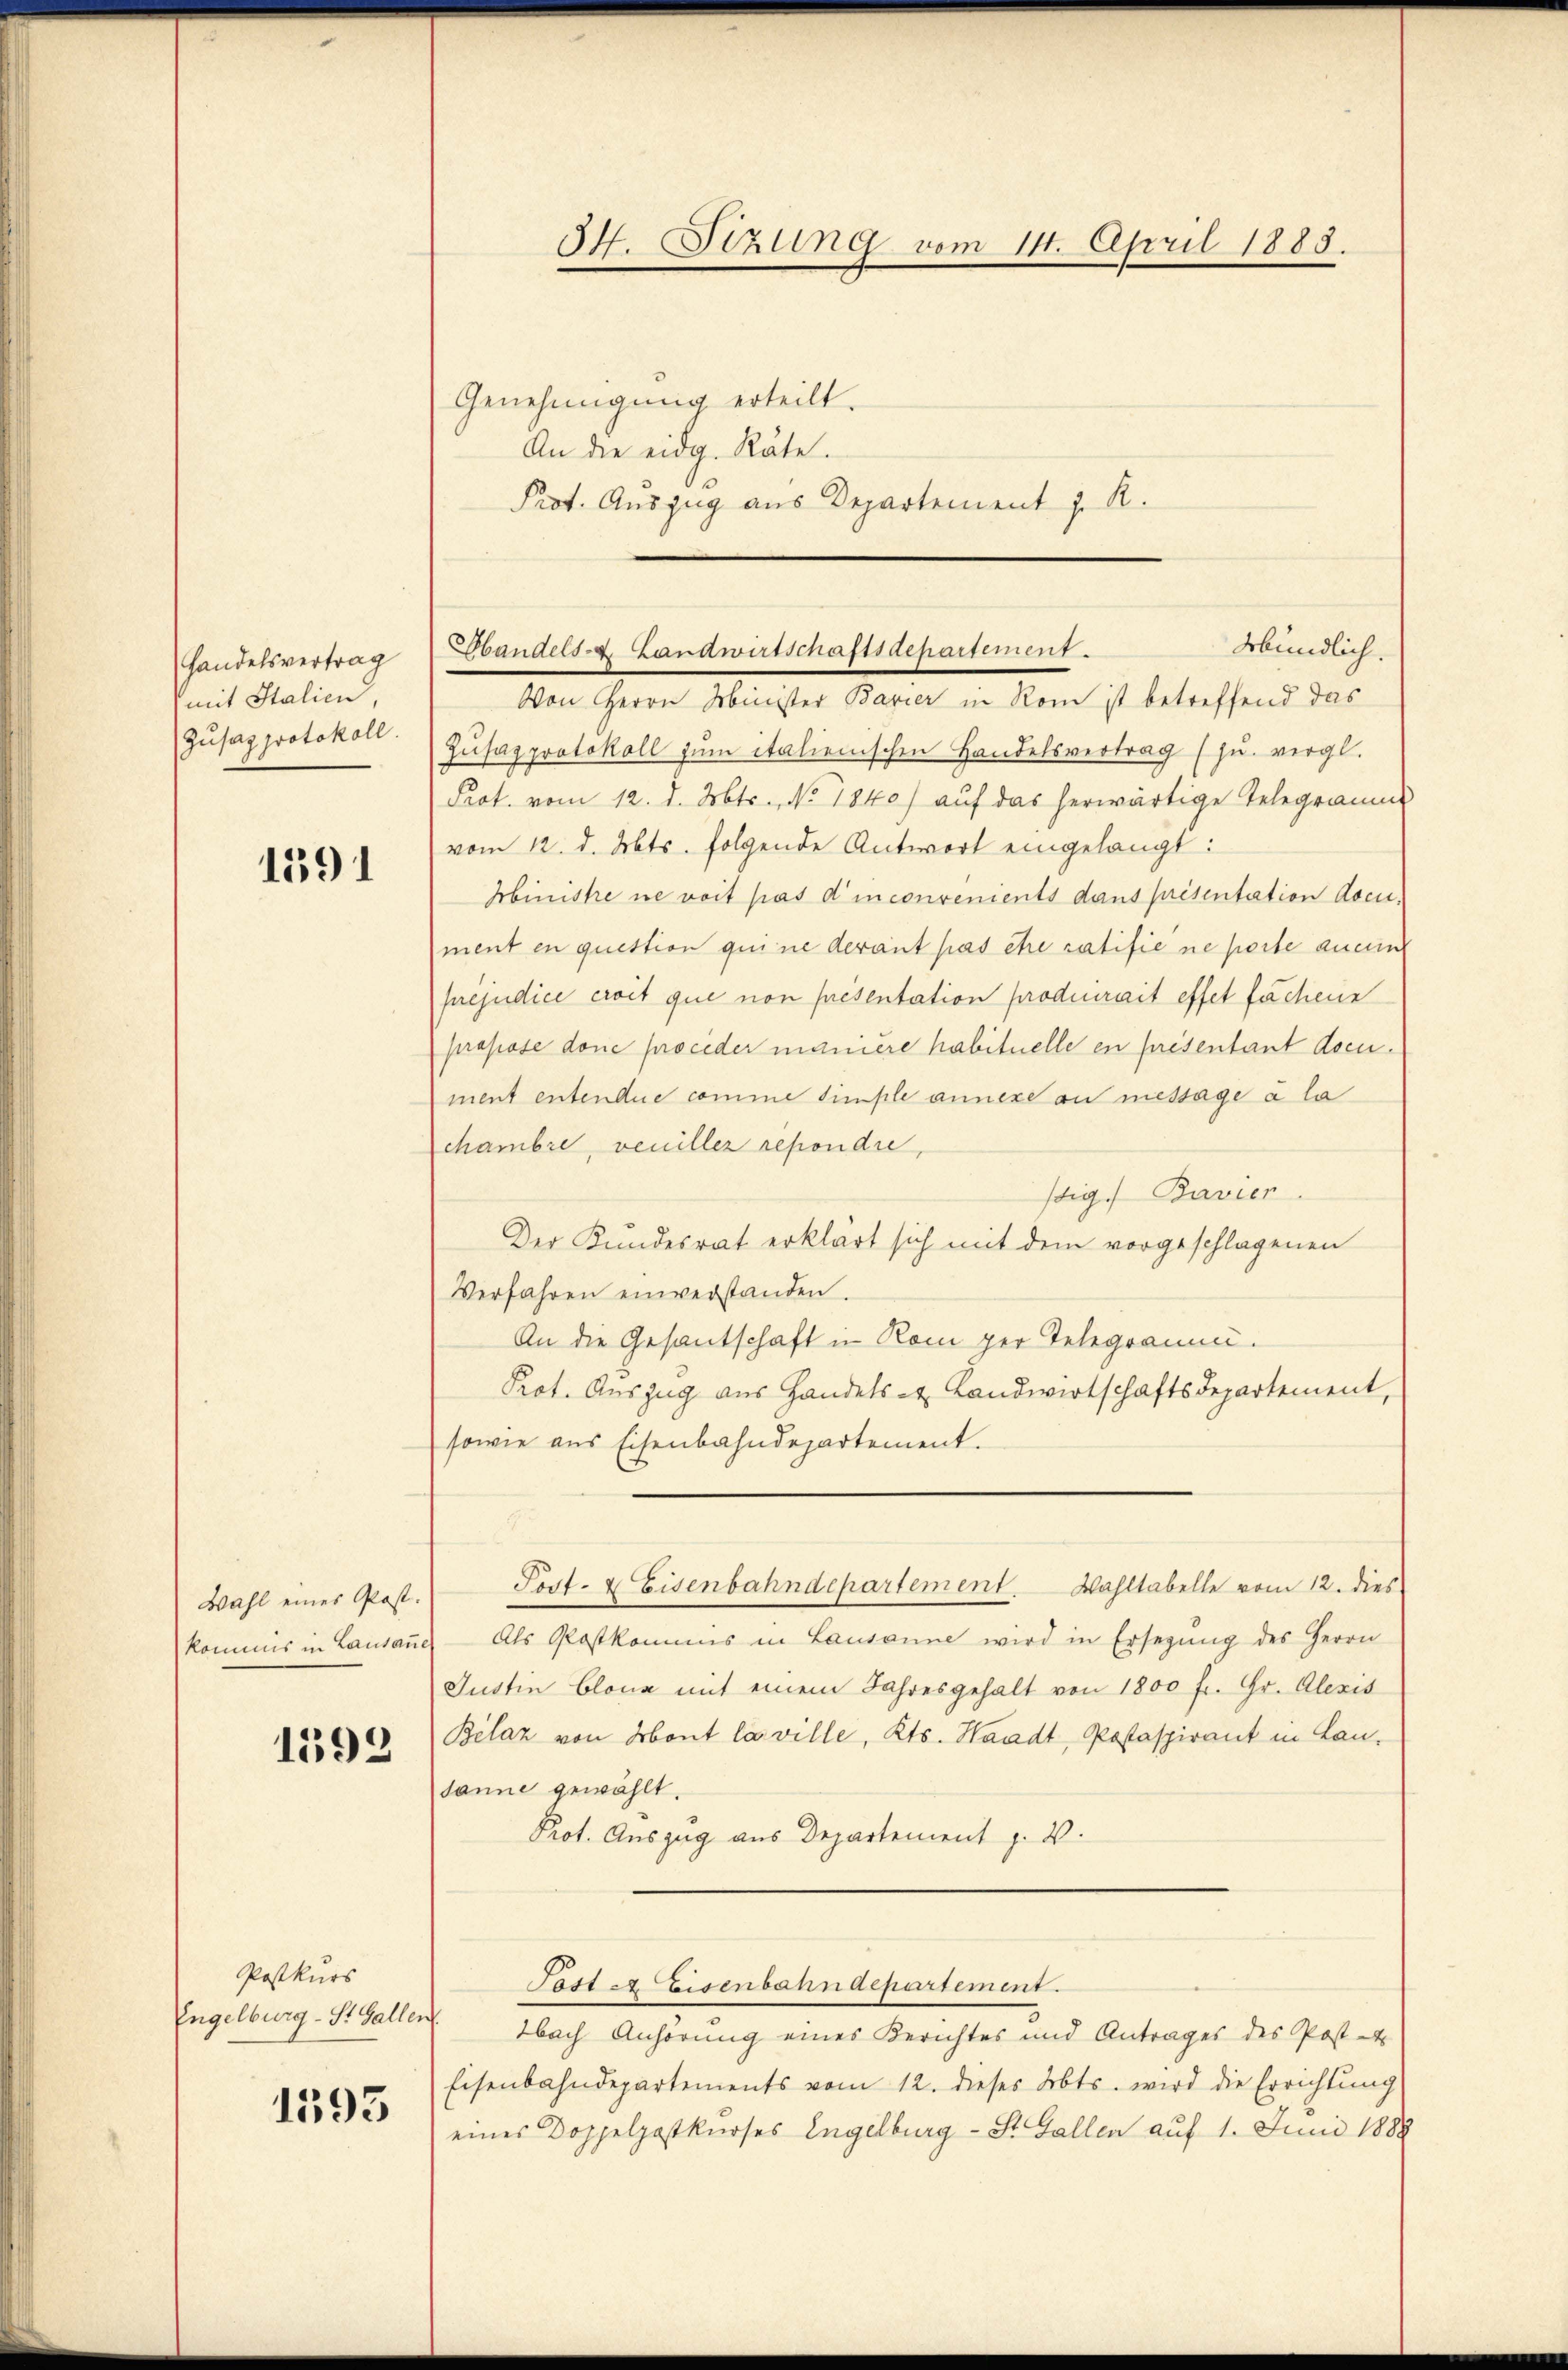
Handelsvertrag
mit Italien,
Zusaz protokoll.

1391

Wahl eines Post.
kommis in Lausannes

1592

Postkurs
Engelburg - St. Gallen
1593

54. Sizung vom 14. April 1883.
Genehmigung erteilt.
An die eidg. Räte.
Prot. Auszug aus Departement z. R.

Zŭsazprotokoll zŭm italienischen Handelsvertrag (zŭ. vergl.
Prot. vom 12. d. Mts., No. 1840) auf das herwärtige Telegramm
vom 12. d. Mts. folgende Antwort eingelangt:
Ministe ne voit pas d’inconvenients dans présentation document en quettion qui ne derant pas être ratifie ne perte aucun
prejudice eroit que non présentation prodiurait effet fachene
propose done proceder maniere habituelle en présentant document entendue comme simple annexe an message à la
chambre, veuiller repondre,
sig.) Bavier
Der Kundesrat erklärt sich mit dem vorgeschlagenen
Verfahren einverstanden.
An die Gesantschaft in Rom per Telegramm.
Prot. Auszug aus Handels- & Landwirtschaftsdepartement,
sowie aus Eisenbahndepartement.
Post- & Eisenbahndepartement. Wahltabelle vom 12. dies
Als Postkommis in Lausanne wird in Ersetzŭng des Herrn
Justin blona mit einem Jahresgehalt von 1800 fr. Gr. Alexis
Belaz von Mont la ville, Kts. Waadt, Postaspirant in Lansanne gewählt.
Prot. Auszug aus Departement J. V.
Post & Eisenbahndepartement.
¬
bach Anhörung eines Berichtes und Antrages des Post-
Eisenbahndepartements vom 12. dieses Abts wird die Errichtung
eines Doppelpostkurses Engelburg - St. Gallen auf 1. Juni 1888

Abündlich.
bandels- Landwirtschaftsdepartement.
Von Herrn Minister Bavier in Rom ist betreffend das